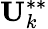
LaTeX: \textbf{U}_{k}^{**}